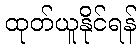
ထုတ်ယူနိုင်ရန်